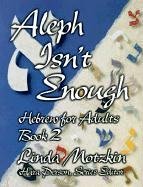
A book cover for Aleph Isn't Enough: Hebrew for Adults (Book 2); Linda Motzkin; Religion & Spirituality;